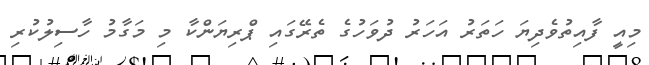
މިއީ ފާއިތުވެދިޔަ ހަތަރު އަހަރު ދުވަހުގެ ތެރޭގައި ޕްރިޔަންކާ މި މަގާމު ހާސިލުކުރި